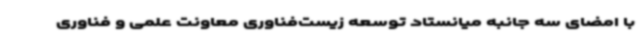
با امضای سه جانبه میانستاد توسعه زیست‌فناوری معاونت علمی و فناوری